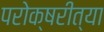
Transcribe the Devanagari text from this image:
परोक्षरीत्या